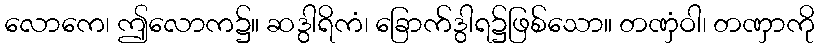
လောကေ၊ ဤလောက၌။ ဆဒွါရိကံ၊ ခြောက်ဒွါရ၌ဖြစ်သော။ တဏှံဝါ၊ တဏှာကို